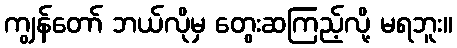
ကျွန်တော် ဘယ်လိုမှ တွေးဆကြည့်လို့ မရဘူး။